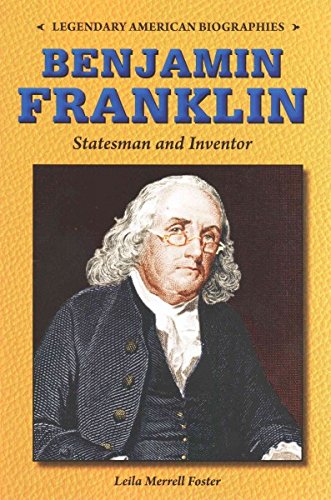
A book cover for Benjamin Franklin: Statesman and Inventor (Legendary American Biographies); Leila Merrell Foster; Teen & Young Adult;